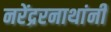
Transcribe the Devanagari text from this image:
नरेंद्ररनाथांनी